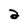
Character: 2